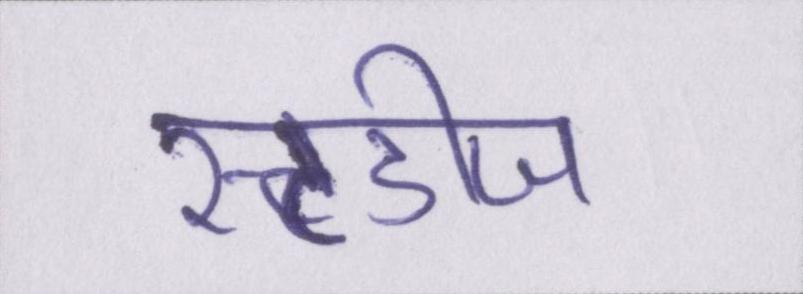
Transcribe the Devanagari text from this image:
स्टडीज